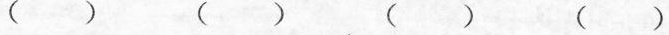
() () () ()